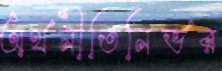
অর্থনীতিনির্ভর